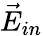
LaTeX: \vec{E}_{in}